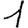
Digit: 1